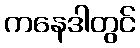
ကနေဒါတွင်